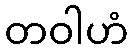
တဝါဟံ